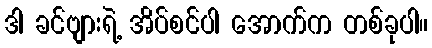
ဒါ ခင်ဗျားရဲ့ အိပ်စင်ပါ အောက်က တစ်ခုပါ။